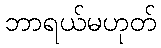
ဘာရယ်မဟုတ်